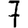
Digit: 7